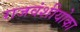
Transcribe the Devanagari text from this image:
राजवंशीयोका